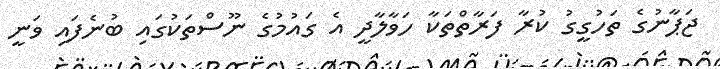
ޖަޕާނުގެ ތަހުގީގު ކުރާ ފަރާތްތަކާ ހަވާލާދީ އެ ގައުމުގެ ނޫސްތަކުގައި ބުނެފައި ވަނީ